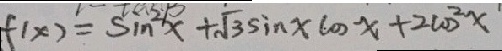
f ( x ) = \sin ^ { 2 } x + \sqrt { 3 } \sin x \cos x + 2 \cos ^ { 2 } x